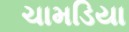
ચામડિયા